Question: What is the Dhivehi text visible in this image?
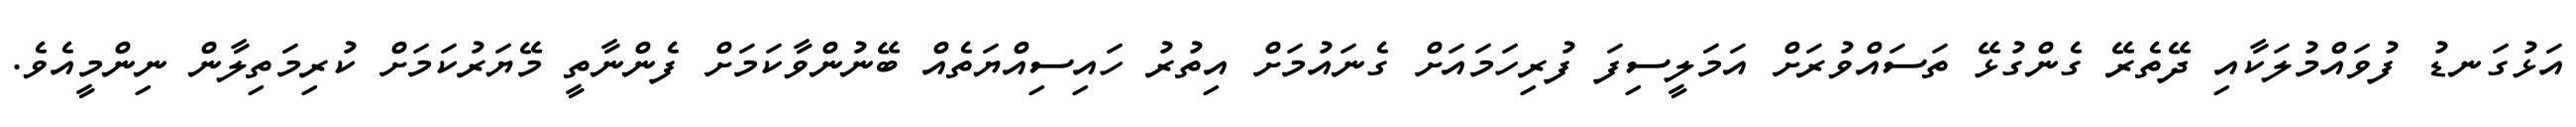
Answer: އަޅުގަނޑު ފުވައްމުލަކާއި ދޭތެރޭ ގެންގުޅޭ ތަސައްވުރަށް އަމަލީސިފަ ފުރިހަމައަށް ގެނައުމަށް އިތުރު ހައިސިއްޔަތެއް ބޭނުންވާކަމަށް ފެންނާތީ މޭޔަރުކަމަށް ކުރިމަތިލާން ނިންމީއެވެ.